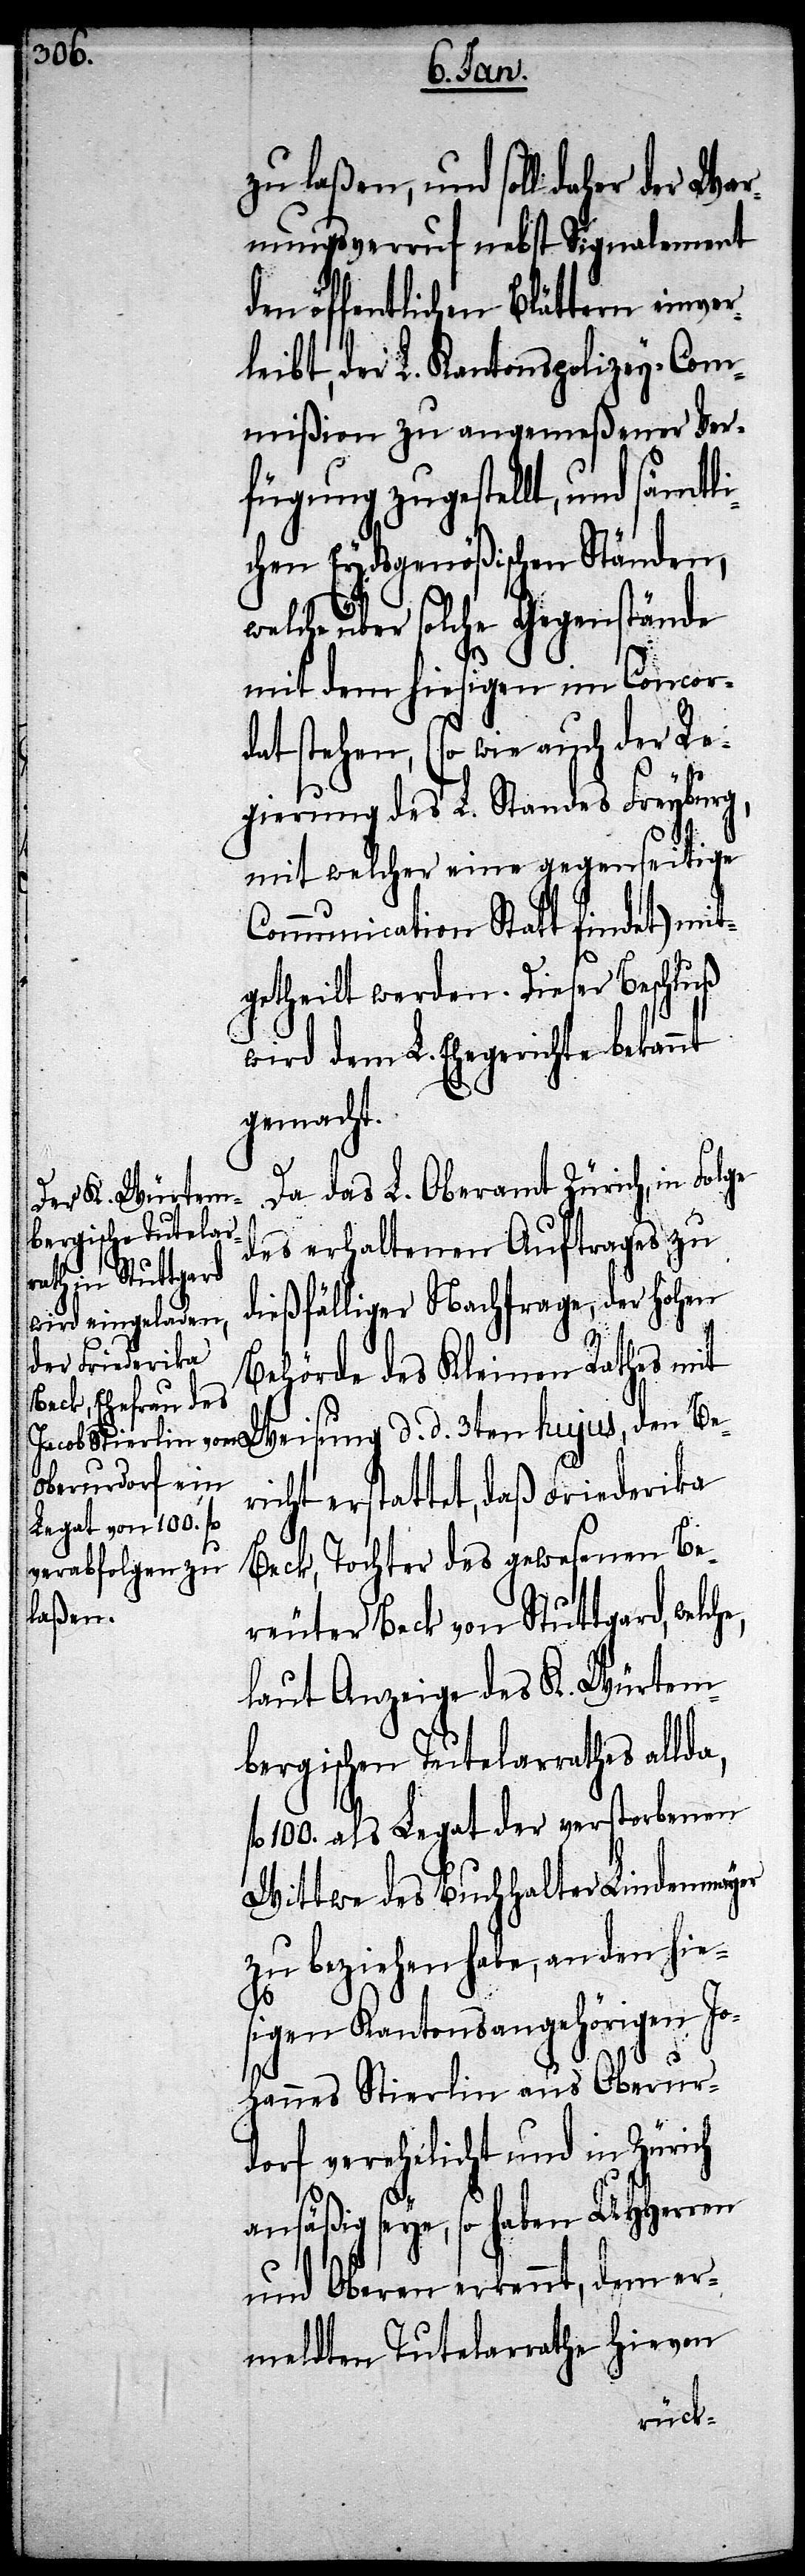
3ten hujus, den Ber¬
Warnungsverruf nebst Signalement
den öffentlichen Blättern einver¬
leibt, der L. Kantonspolizey-Com¬
mißion zu angemeßener Ver¬
fügung zugestellt, und sämtl¬
ichen Eydsgenößischen Ständen,
welche über solche Gegenstände
mit dem hiesigen im Concor¬
dat stehen, (so wie auch der Re¬
gierung des L. Standes Freyburg,
mit welcher eine gegenseitige
Communication Statt findet) mit¬
getheilt werden. Dieser Beschluß
wird dem L. Ehegerichte bekannt
gemacht.
Da das L. Oberamt Zürich, in Folge
des erhaltenen Auftrages zu
dießfälliger Nachfrage, der hohen
Behörde des Kleinen Rathes mit
icht erstattet, daß Friederika
Beck, Tochter des gewesenen Be¬
reuter Beck von Stuttgard,
laut Anzeige des K. Würtem¬
bergischen Tutelarrathes
100. als Legat der verstorbenen
Wittwe des Buchhalter Lindenmayer
zu beziehen habe, an den hie¬
sigen Kantonsangehörigen Jo¬
hannes Stierlin aus Oberur¬
dorf verehelicht und in Zürich
ansäßig seye, so haben UHHerren
und Oberen erkannt, dem er¬
meldten Tutelarrathe hievon